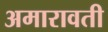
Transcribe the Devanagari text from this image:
अमारावती